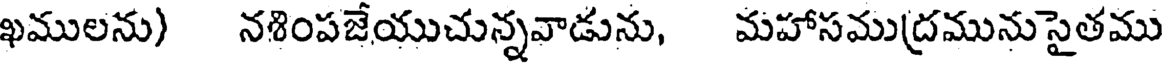
ఖములను) నశింపజేయుచున్నవాడును, మహాసముద్రమునుసైతము